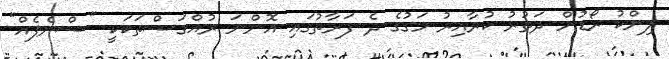
ލިންކު ރޯޑުން ދަތުރު ކުރާއިރު މަގުގެ ދެ ފަރާތުގައި އޮންނަ ރުއްގަސްތަކަކީ "ސްނެޕެއް"